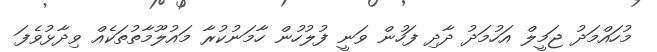
މުހައްމަދު ޖަމީލް އަހުމަދު ދާދި ފަހުން ވަނީ ފުލުހުން ހާމަނުކުރާ މައުލޫމާތުތަކެއް ވިދާޅުވެފަ